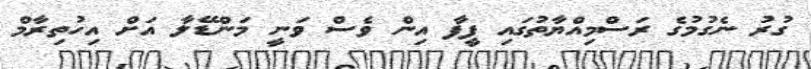
ގުރު ނެގުމުގެ ރަސްމިއްޔާތުގައި ފީފާ އިން ވެސް ވަނީ މަންޑޭލާ އަށް އިހުތިރާމް